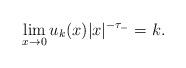
LaTeX: \begin{align*}\lim_{x\to0}u_k(x)|x|^{-\tau_-}=k.\end{align*}